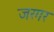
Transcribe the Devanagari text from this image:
जरगर